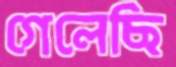
গেলেছি